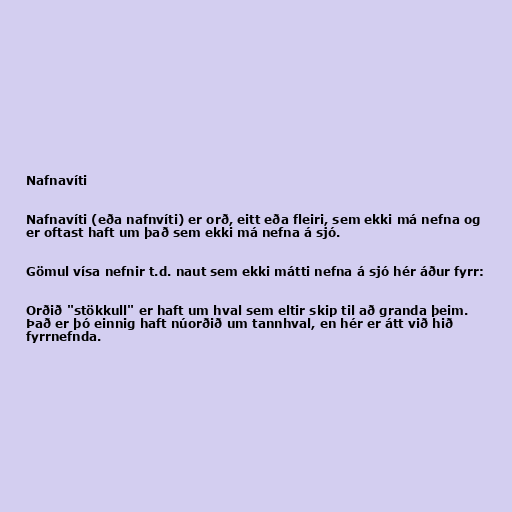
Nafnavíti

Nafnavíti (eða nafnvíti) er orð, eitt eða fleiri, sem ekki má nefna og
er oftast haft um það sem ekki má nefna á sjó.

Gömul vísa nefnir t.d. naut sem ekki mátti nefna á sjó hér áður fyrr:

Orðið "stökkull" er haft um hval sem eltir skip til að granda þeim.
Það er þó einnig haft núorðið um tannhval, en hér er átt við hið
fyrrnefnda.